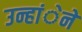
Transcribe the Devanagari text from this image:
उन्हांेने